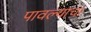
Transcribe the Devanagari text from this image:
पावल्याचा